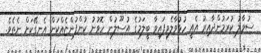
ސުވާލު ކުރަމުންދާއިރު އެއީ ހުޅުވާލެވިފައިވާ ބީލަމުގެ އުސޫލުން ހޮވުނު ކުންފުންޏެއްކަން އެނގޭކަށް ނެތެވެ.